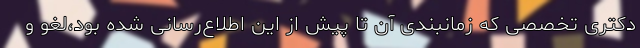
دکتری تخصصی که زمانبندی آن تا پیش از این اطلاع‌رسانی شده بود،لغو و